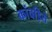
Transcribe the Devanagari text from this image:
कांवड़िये